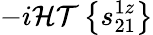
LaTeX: -i\mathcal{HT}\left\{ s_{21}^{1z}\right\}